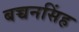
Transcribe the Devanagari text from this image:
बच्चनसिंह